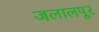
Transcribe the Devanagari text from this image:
जलालपूर